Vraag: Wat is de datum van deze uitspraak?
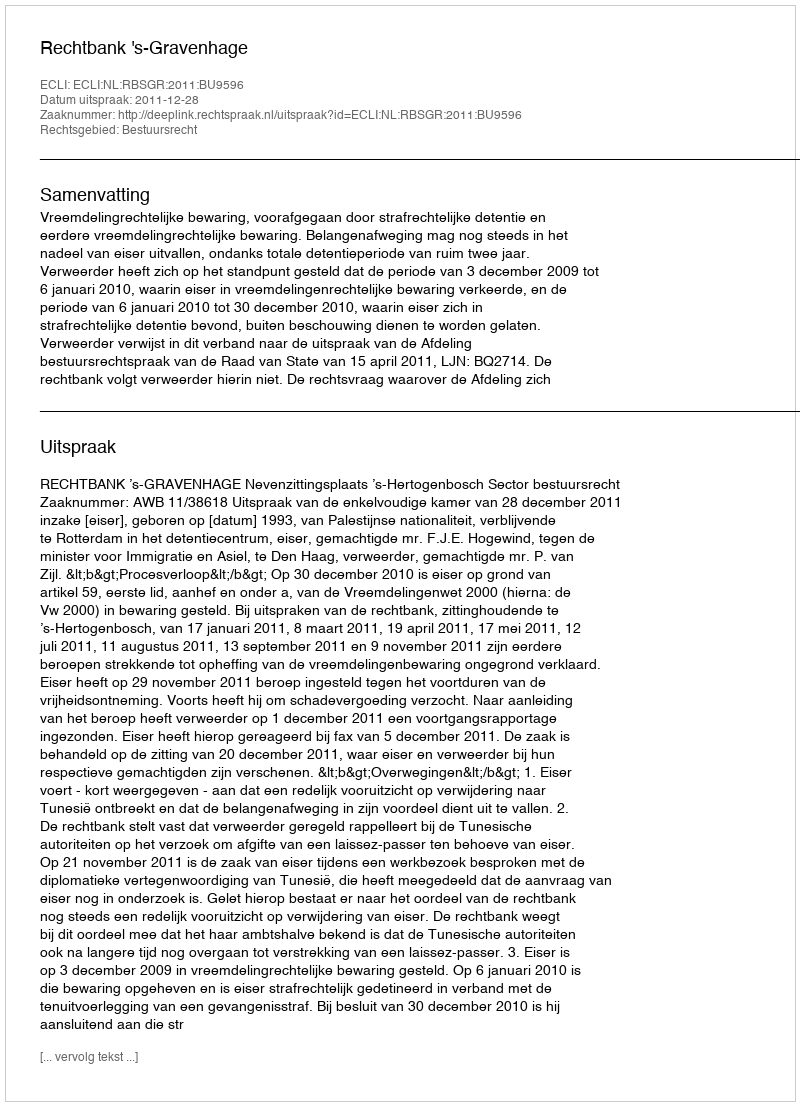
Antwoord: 2011-12-28